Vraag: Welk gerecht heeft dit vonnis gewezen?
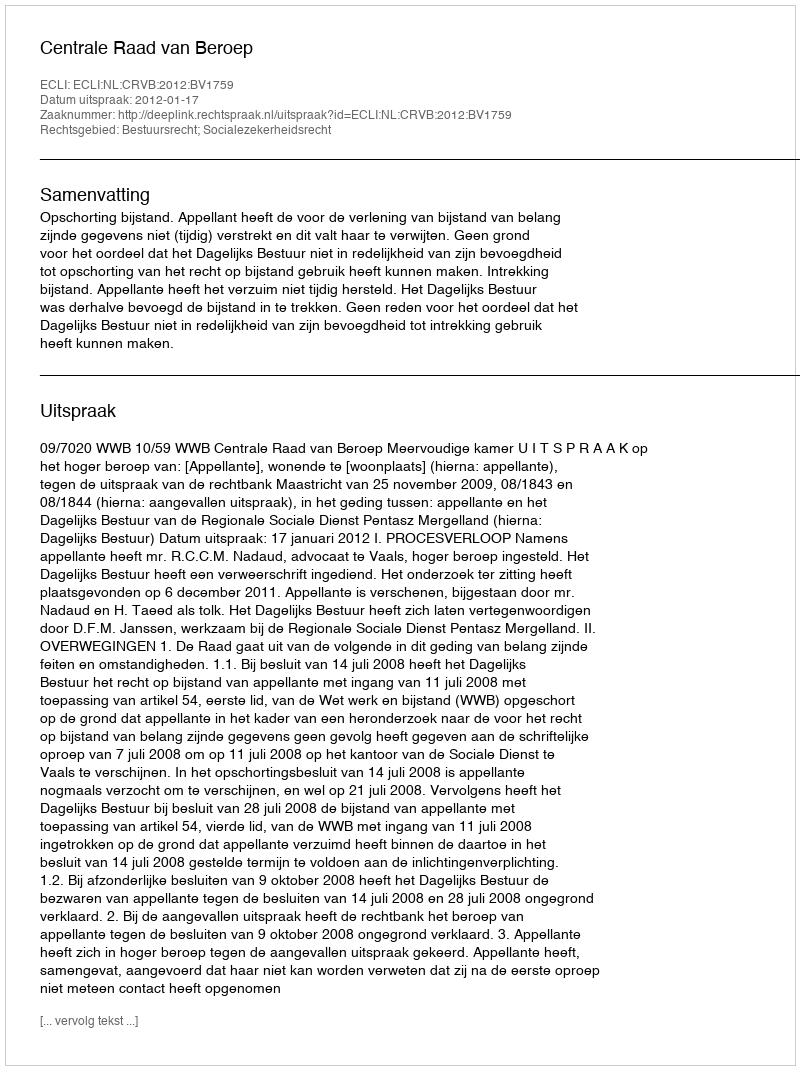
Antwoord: Centrale Raad van Beroep